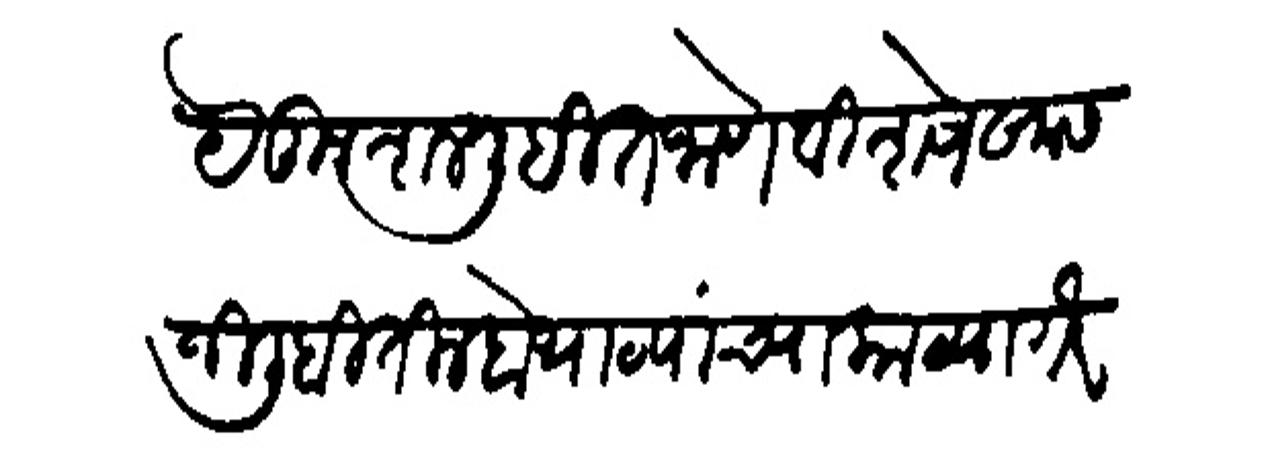
Transliteration (Devanagari): स्वये कुश्तल लिहिल जाणे विशेष खास जिलौबीतील बोभाटचांच्या काठया गैर